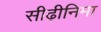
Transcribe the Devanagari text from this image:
सीढ़ीनिमा